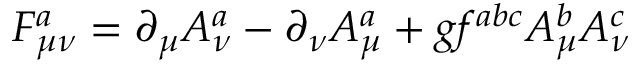
F _ { \mu \nu } ^ { a } = \partial _ { \mu } A _ { \nu } ^ { a } - \partial _ { \nu } A _ { \mu } ^ { a } + g f ^ { a b c } A _ { \mu } ^ { b } A _ { \nu } ^ { c }